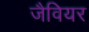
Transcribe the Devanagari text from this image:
जैवियर